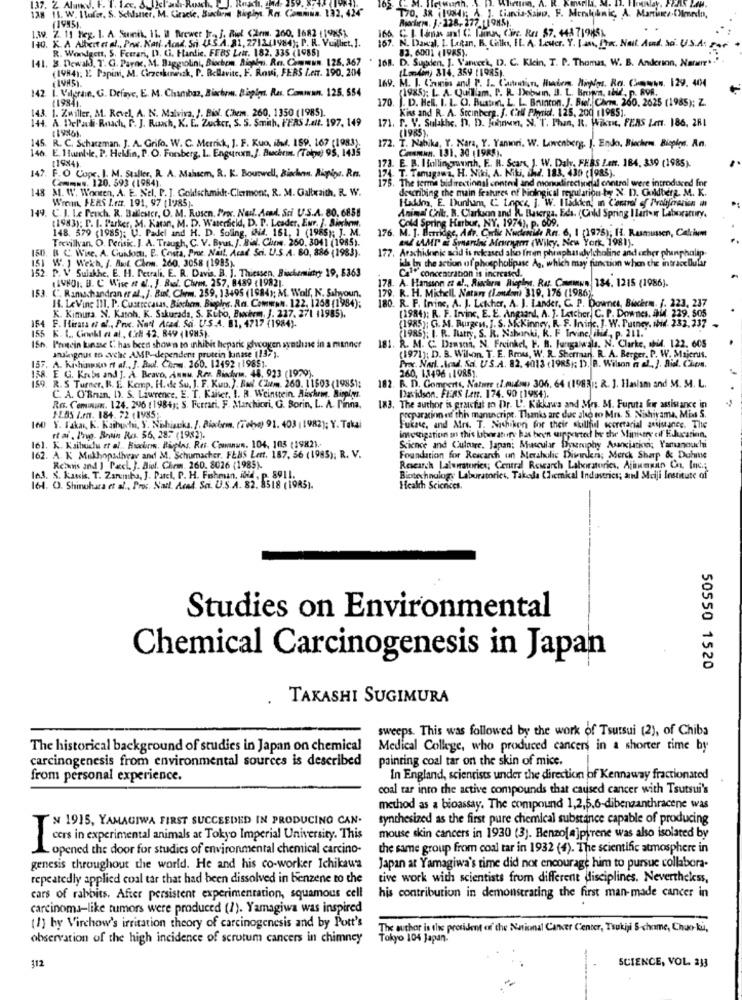
37. 2. Also. F.l.
wurth.
138 11. W. I Valor, S. Schlatter, M. Gracie, Suchrm Kapit Ro. Commina. 132, 424"
T70, 3x 100ML; A ). Ciancia-Sabeo. F. Merlinnic, A. Mariner.C)media,
(1995).
EN. J-128, 177 (1 94.5).
1.39. 2. 11 Heg. 1. A. Suinik, IL. il Brewer It, J. Riel Czem. 260, 1682 119851.
140. K. A Altxitet al ., Pos. Nati- cad. Sci (A.S.A. 81, 271241984); P. R. Vuilliet. !.
16A
R. Wordgett, 5. Ferrari, I). Li. Handie. FEAS Leir. 182. 335 (1985)
167. N. Daw'al. I. Leitan, B. Calko, FL. A. Lester. Y. Last, fyn. Nail. Aund. S. U.S.A. 2.
83. 6001 (1985).
141. 8. Dewald, T. G. Parar, M. Baggiolini, Biochem, Aionden, Res. Commun. 126.367
168. D. Supden, 1. Vanveck, D. C. Kicin, T. P. Thomas, W. B. Anderson, Narwir .. '
(1984). E. Papini, M. Cirzeskurwrazk, P. Bellavite, F. Roui, FERS Lenr. 190, 204
(London) 314, 359 (1985).
142 1. Vilgrave, G. Defaye, E. M. Chambaz, Biachron. Bispign. Ras. Comiwan. 125. 554
169. M. I. Cremes and P. I. Caution, Hadem, Niplus, Ro. Cwww. 129. 404
(1985): L. A. Quilliam. P. R. Debuin, B. L. Brown, abd
.n. APR.
(19841.
170.
. D. Hel. I. L. O. Bustin, L. L. Brunton. J. Biel. Chem. 260, 2625 (1985); Z.
143. 1. Zwiller, M. Revel, A. N. Maiviva, J. Pix. Chem. 260, 1350 (1985).
Kiss and R. A. Steinberg. f. C.rl Phenid. 125, 200 11985).
144. A. DePali-Rnach, P. J. Ruxch, K. E. Zucker, S. S. Smith, FFRS 2.alt. 197, 149
171. P. V. Sulakix. D. D. Fihnen, N. T. Phan, R. Wiket, FEAS Lett. 186, 281
(1985).
145. R. C. Scharzman. J. A. Grifo, W. C. Merrick, J. F. Kuo, ibd. 159, 167 (1983).
140. E. 1 unlike, P. Heldin, P. O. Fonberg, L. Engururn.J. Buchnos. (Tope) 95, 1435
172. T. Nabika, Y. Nara, Y. Yanıori. W. Lawenberg. J. Endo. Biochem. Biepies. An.
Comun. 131. 30 (1985).
[1984)
17]. E. B. Ifallingruwh, F .. R. Scars, J. W. Daly, FERS Len. 184, 339 (1985).
T. Tamusganz, H. Niki, A. Niki, shd. 183, 439 (1985).
147. F.O Cupe. I. M. Staller, R. A. Maisem, &. K. Bourwell, Biades. Rigips. Rm.
( === s. 120. 593 (1984).
. The terme bidirectional contel and monudirectional control were introduced for
148 M. W. Woneen, A. E. Nel. P. J. Goldschmidt-Clermont, R. M. Galtxaith, R. W.
cal regulation by X D. Goldberg. M. K.
Wrenn, PERS Ler. 191, 97 (1985).
describing the main features of biological ryula
Hakim, E. Dunham, C. L.npcs, J. W. Iladden, in Control of Proliferation mh
149. C. J. Le Peuch. R. Ballester, O. M. Rosen, Proc. Nail. Acad. Sti U.S.A. 80, 6858
Animal Chil. R. Clarkson and R. Baserga, Eds. (Cold Spring Ilartır Laboratory,
(1983); P. I. Parker, M. Katar, M. D. Waterfield, D. D. Leader, Eur. J. Sierkvm.
148. 579 (1985); U. Padel and H. D. Soling, hid. 161, 1 (1985); ]. M.
M. J. Burridge, Adr. Cortic Nuclenide Rn. 6, 1 (1975); H. Rasmussen, Calcio
dd Spring Harbur, NY. 1974). P. 609.
Trevillyan. O. Perisk. J. A. Traugh, C. V. Byus, J. Bial. Chows. 260, 3041 (1985).
176
Bu LAMr & Smandes Mowym (Wiky, New York, 1981).
150. B C. Wise. A. Guidon, E. Costa, Proe. Nail, Acad Sci. U.S.A. 80, 886 (1983).
W. 1 Wekh. f. Anit Chem. 260. 3058 (1995).
177. Arachidenic acid is rekased sho freen phraphat dylcholine and acher phanphalip
als In the action of phospholipase Ag, which may function when the intracellular
P. V Sulakhe. E. H. Petrali, E. R. Davis. B. J. Thiessen, Biochemistry 19, 8363
119801. B. C Wise it ef ., J. Biel. Chm, 257, 8489 (19821.
178. A. Hansson et al ., Riocharm Rieples, Rus. Cmemwn, 134. 1215 (1986).
concentration is increased.
153. C. Ramachandran er al , J. Bin'. Chem. 259, 13495 (1984); M. Wolf, N. Sahyoun.
H. LeVinc III. P. Cuatrecasas, Biochem, Bieples. Rn. Comwww. 122. 1268 (1984);
179. R. H. Michell. Natan (Landon) 319, 176 (1986).
180. R. F. Inine, A. J. Lekher, A. J. Lander, C. P. Downes, Binchrm. J. 223, 237
(1984): R. F. Irvinc, E. E. Angiand, A. ]. Letcher, C. P. Downes. fhid. 229. 505
K. Kimura. N. Katoh. K. Sakurada, S. Kubo, Buchem, J. 227. 271 11985).
(1985); G. M. Burgent. J. S. MCKinney, R. F. Invine. J. W. Putney, sbik. 232, 237
154 F. Hirata et al ., Prix. Nad Arad. Sa. U.S.A. 81, 4717 (1984).
155 K. L ., Gonkl a al ., C.7 42, 849 (1985).
(1985); I. R. Ratty, S. R. Nahanki, R. F Irvine, ihd ., p. 211.
150. Protein kinase L' has been shown to inhibit hepark glycogen synthiase in a manner
Julgous to cyche AMP-dependent protein tunase (137).
181. R. M. C. Danson, N. Freinkel, H. B. Furgalwala. N. Clarke, abid. 122. 605
(1971); D. B. Wilson. T. E. Rmou, W. R. Shermani. R. A. Berger. P. W. Majerus.
157. A. Kishinto ft al ., J. Bal. Chem. 160. 12492 , 19851.
Prox. Nul. . Acad. Sa. US.A. 82. 4013 (1985); D. B. Wilson n al. ]. Aid. Chemn.
260, 13496 . 1985).
158. E G. Krebs and J. A. Bravo, Annu. R.r. Riodrin. 48. 923 (1979).
.R. S Turner, R. E. Kemp. H. de Su. 1. F. Kup. ), But. CIum. 260. 11503 (19851:
R. D. Gomperti, Nature el.mudou 306. 64 (1983): R. ]. Haslam and M. M. L.
182.
C. A. O'Ban, D). S. Lawrence, E. T. Kaiser, I. R. Weinstein, Alocheng. Binpi,ys.
Davidson. FERS Let. 174. 90 (1954).
Ro. Comnun. 124. 296 (1984); S. Ferrari, F. Marchiori, G. Borin, L. A. Pinna,
183. The author is pracfat in Dr. L. Kikkawa and Mrs. B. Furuta for assistance in
1-2BS I.r. 184. 72 (1985 ;.
pocpuracion ett this manuscript. Thanks are due ale to Mrs. S. Nishiyama, Miss S.
160 Y. Fakat, K. Kaibuchi, Y. Nohisuska, I. Piacbem. (Tobe) 91. 403 ( 1982); Y. Takai
Fukne, and Mrs. T. Nishikori for their skillful scoretarial assistance. The
tfai. Ing. Brain Ro. 56, 287 (1982).
investigation on this laboratory has been supported by the Ministry of Education.
161. K. Kahuchus et al ., Biochem, Rivelas. Res. Counun. 104, 103 (19821.
Science and Culture, Japan: Muscular Dyruphy Association, Yamanouchi
162. A. K Mukhopallyear and M. Schumacher. FESS Lert. 187, 56 (1985); R. V.
Foundation for Rescarch un Meraholic Disorders; Merck Sharp & Duhume
Relais and I _Pxccl. }. Biol. Chem. 260. 8026 (1985).
Research Lalwiratorics; Central Research Laboratories, Ajimnin Co. Inc;
le3. S. katsis. T. Zaremba, J. Patel, P. H. Fishman, ibid . p. 8911.
Biotechnology Laboratoriet. Takeda Chemical Industries; and Meiji Institute of
164. O. Shinohara et al ., Pros. Natt. Acad Sci. U.S.A. 82. 8518 (1985).
Health Sciences.
Studies on Environmental
Chemical Carcinogenesis in Japan
50550 1520
TAKASHI SUGIMURA
sweeps. This was followed by the work of Tsutsui (2), of Chiba
The historical background of studies in Japan on chemical
Medical College, who produced cancers in a shorter time by
carcinogenesis from environmental sources is described
painting coal tar on the skin of mice.
from personal experience.
In England, scientists under the direction of Kennaway fractionated
coal tar into the active compounds that caused cancer with Tsutsui's
method as a bioassay. The compound 1,2,5,6-dibenzanthracene was
N 1915, YAMAGIWA FIRST SUCCEEDED IN PRODUCING CAN-
synthesized as the first pure chemical substance capable of producing
T
mouse skin cancers in 1930 (3). Benzo[a]pyrene was also isolated by
cers in experimental animals at Tokyo Imperial University. This
opened the door for studies of environmental chemical carcino-
the same group from coal tar in 1932 (4). The scientific atmosphere in
genesis throughout the world. He and his co-worker Ichikawa
Japan at Yamagiwa's time did not encourage him to pursue collabora.
repeatedly applied coal tar that had been dissolved in benzene to the
tive work with scientists from different disciplines. Nevertheless,
cars of rabbits. After persistent experimentation, squamous cell
his contribution in demonstrating the first man-made cancer in
carcinoma-like tumors were produced (1). Yamagiwa was inspired
(1) by Virchow's irritation theory of carcinogenesis and by Pott's
The author is the president of the National Cancer Center, Tsukiji 5-chome, Chao ki,
observation of the high incidence of scrotum cancers in chimney
Tokyo 104 Japan.
112
SCIENCE, VOL. 233